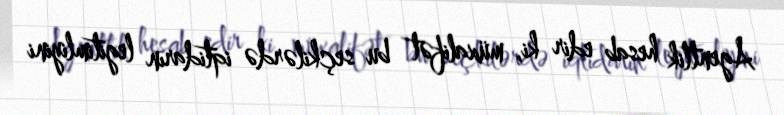
Agentlik hesab edir ki, müxalifət bu seçkilərdə iqtidarın legitimliyini